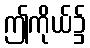
ဤကိုယ်၌